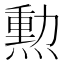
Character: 勲